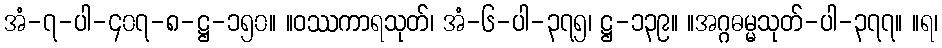
အံ-၇-ပါ-၄၀၇-၈-ဋ္ဌ-၁၅၀။ ။ဝဿကာရသုတ်၊ အံ-၆-ပါ-၃၇၅၊ ဋ္ဌ-၁၃၉။ ။အဂ္ဂဓမ္မသုတ်-ပါ-၃၇၇။ ။ရ၊